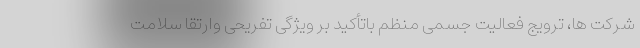
شرکت ها، ترویج فعالیت جسمی منظم باتأکید بر ویژگی تفریحی وارتقا سلامت